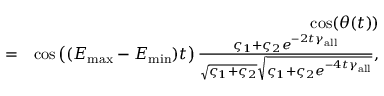
\begin{array} { r l r } & { } & { \cos ( \theta ( t ) ) } \\ & { = } & { \cos \left( ( E _ { \operatorname* { m a x } } - E _ { \operatorname* { m i n } } ) t \right) \frac { \varsigma _ { 1 } + \varsigma _ { 2 } e ^ { - 2 t \gamma _ { \mathrm { a l l } } } } { \sqrt { \varsigma _ { 1 } + \varsigma _ { 2 } } \sqrt { \varsigma _ { 1 } + \varsigma _ { 2 } e ^ { - 4 t \gamma _ { \mathrm { a l l } } } } } , } \end{array}